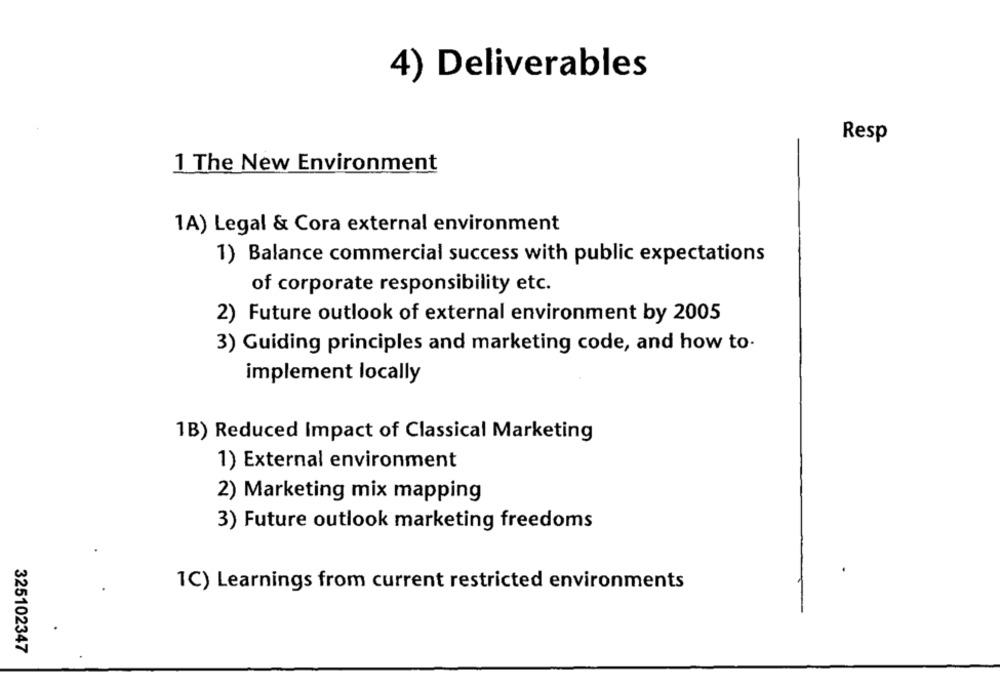
4) Deliverables
Resp
1 The New Environment
1A) Legal & Cora external environment
1) Balance commercial success with public expectations
of corporate responsibility etc.
2) Future outlook of external environment by 2005
3) Guiding principles and marketing code, and how to-
implement locally
1B) Reduced Impact of Classical Marketing
1) External environment
2) Marketing mix mapping
3) Future outlook marketing freedoms
1C) Learnings from current restricted environments
325102347